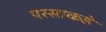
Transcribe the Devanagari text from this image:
परसाकडे